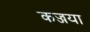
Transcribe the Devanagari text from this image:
कज्जया